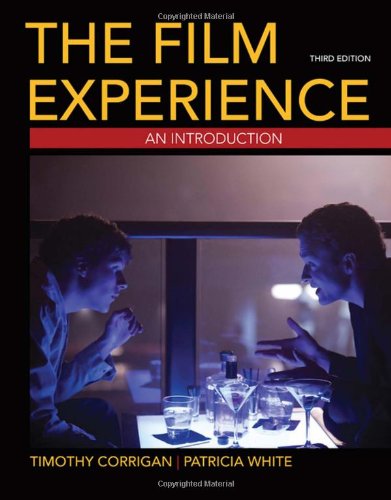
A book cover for The Film Experience: An Introduction, 3rd Edition; Timothy Corrigan; Humor & Entertainment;